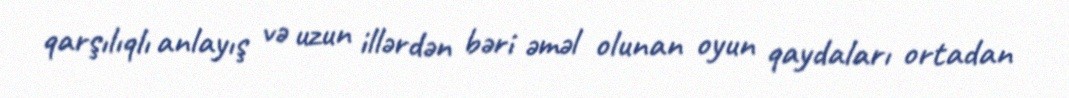
qarşılıqlı anlayış və uzun illərdən bəri əməl olunan oyun qaydaları ortadan